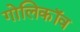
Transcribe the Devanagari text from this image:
गोलिकॉव